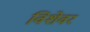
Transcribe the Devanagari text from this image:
विशेवर